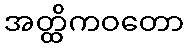
အတ္ထိကဝတော